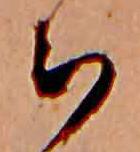
ち